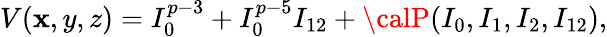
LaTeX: V(\mathbf{x},y,z)=I_{0}^{p-3}+I_{0}^{p-5}I_{12}+{\calP}(I_{0},I_{1},I_{2},I_{12}),